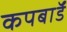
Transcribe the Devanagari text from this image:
कपबाॅर्ड